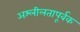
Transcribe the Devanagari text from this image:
अश्लीलतापूर्वक